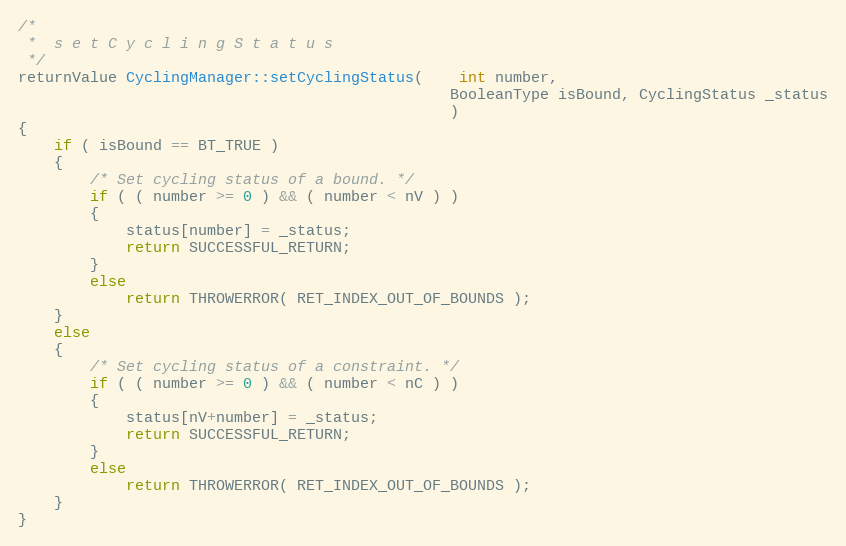
Language: C++
/*
 *	s e t C y c l i n g S t a t u s
 */
returnValue CyclingManager::setCyclingStatus(	int number,
												BooleanType isBound, CyclingStatus _status
												)
{
	if ( isBound == BT_TRUE )
	{
		/* Set cycling status of a bound. */
		if ( ( number >= 0 ) && ( number < nV ) )
		{
			status[number] = _status;
			return SUCCESSFUL_RETURN;
		}
		else
			return THROWERROR( RET_INDEX_OUT_OF_BOUNDS );
	}
	else
	{
		/* Set cycling status of a constraint. */
		if ( ( number >= 0 ) && ( number < nC ) )
		{
			status[nV+number] = _status;
			return SUCCESSFUL_RETURN;
		}
		else
			return THROWERROR( RET_INDEX_OUT_OF_BOUNDS );
	}
}